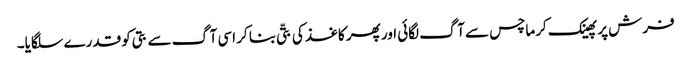
فرش پر پھینک کرماچس سے آگ لگائی اور پھر کاغذ کی بتّی بنا کر اسی آگ سے بتی کو قدرے سلگایا۔